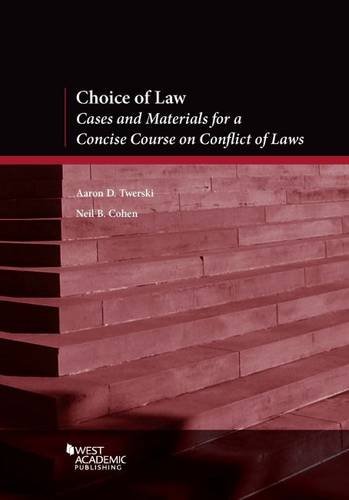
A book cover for Choice of Law (American Casebook Series); Aaron Twerski; Law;